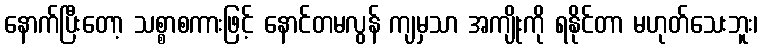
နောက်ပြီးတော့ သစ္စာစကားဖြင့် နောင်တမလွန် ကျမှသာ အကျိုးကို ရနိုင်တာ မဟုတ်သေးဘူး၊